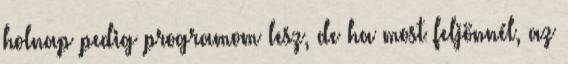
holnap pedig programom lesz, de ha most feljönnél, az